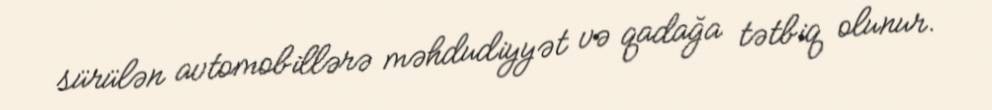
sürülən avtomobillərə məhdudiyyət və qadağa tətbiq olunur.